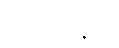
ရှီကျင့်ဖိန်၏